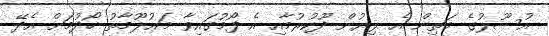
އުސޫލުގެ މަތިން އެ ލިޔުން ދޫކުރުމާއި އެ ފޯމުގައިވާ މަޢުލޫމާތު ހޯދުމަށް އެދޭ